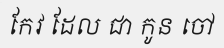
កែវ ដែល ជា កូន ចៅ